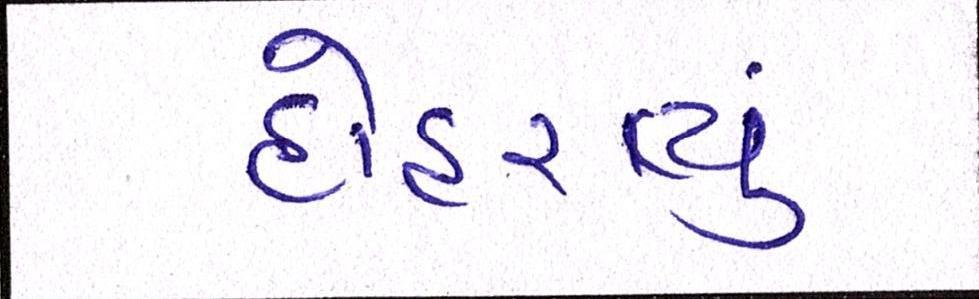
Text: દોહરાવ્યું